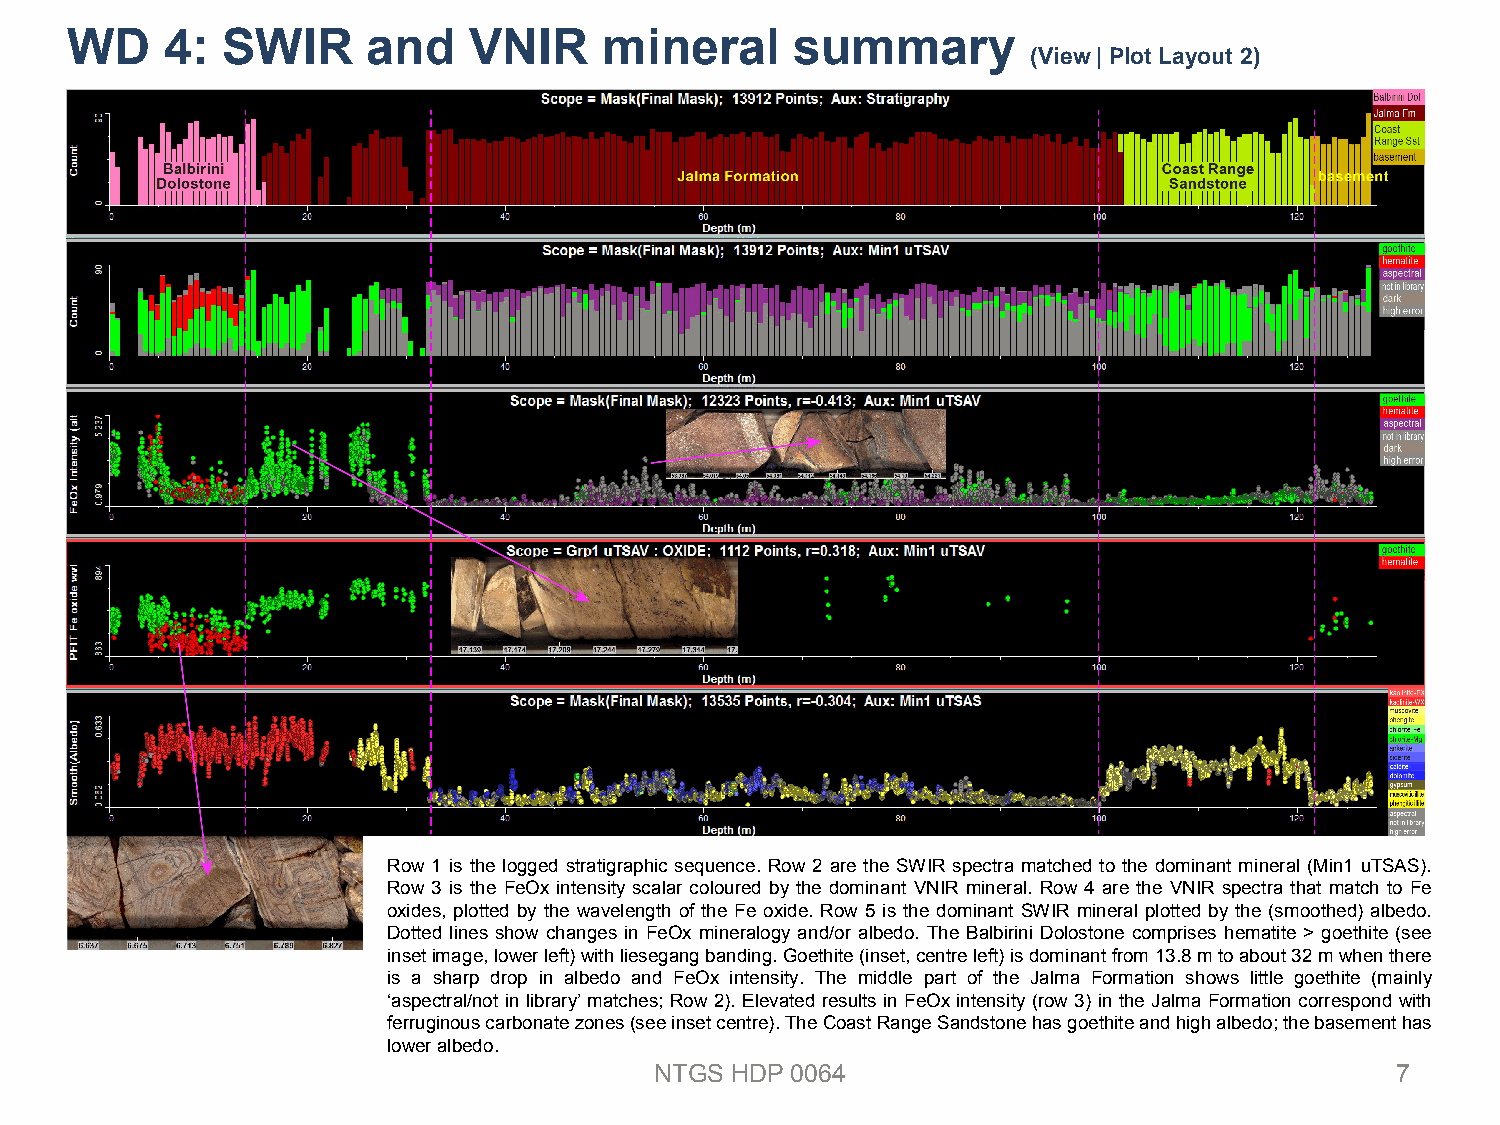
WD     4:  SWIR     and    VNIR     mineral      summary
 (View | Plot Layout 2)
 Row 1 is the logged stratigraphic sequence. Row 2 are the SWIR spectra matched to the dominant mineral (Min1 uTSAS).
 Row 3 is the FeOx intensity scalar coloured by the dominant VNIR mineral. Row 4 are the VNIR spectra that match to Fe
 oxides, plotted by the wavelength of the Fe oxide. Row 5 is the dominant SWIR mineral plotted by the (smoothed) albedo.
 Dotted lines show changes in FeOx mineralogy and/or albedo. The Balbirini Dolostone comprises hematite > goethite (see
 insetimage,lowerleft)withliesegangbanding.Goethite(inset,centreleft)isdominantfrom13.8mtoabout32mwhenthere
 is a sharp drop in albedo and FeOx intensity. The middle part of the Jalma Formation shows little goethite (mainly
 ‘aspectral/not in library’ matches; Row2). Elevated results in FeOxintensity (row3) in the Jalma Formation correspond with
 ferruginouscarbonatezones(seeinsetcentre).TheCoastRangeSandstonehasgoethiteandhighalbedo;thebasementhas
 loweralbedo.
 NTGS HDP 0064                                    7